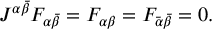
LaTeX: J ^ { \alpha \bar { \beta } } F _ { \alpha \bar { \beta } } = F _ { \alpha \beta } = F _ { \bar { \alpha } \bar { \beta } } = 0 .